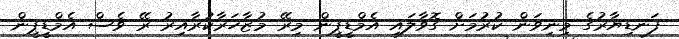
ފަނޑިޔާރުގެ މިނިވަން ކުރުމަށް ގޮވާލައި އެމްޑީޕީން މިރޭ މުޒާހަރާކުރާއިރު ރޭ ވެސް އެމްޑީޕީން